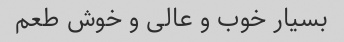
بسیار خوب و عالی و خوش طعم